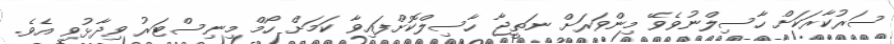
ސަރުކާރަކަށް ހާސިލްނުވެވޭ މިންވަރަށް ނަތީޖާ ހާސިލްކޮށްފައިވާ ކަމަށް ހޯމް މިނިސްޓަރު ވިދާޅުވި އެވެ.